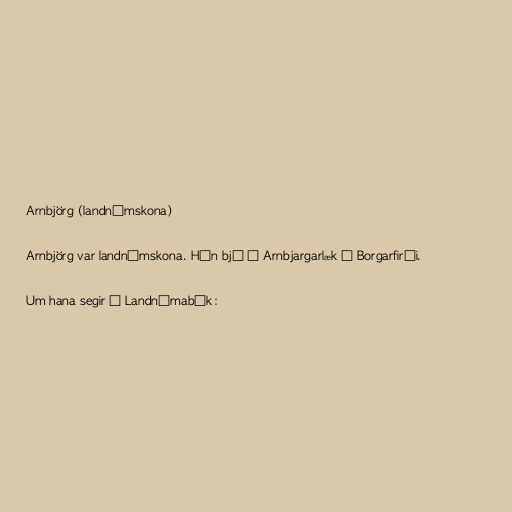
Arnbjörg (landnámskona)

Arnbjörg var landnámskona. Hún bjó á Arnbjargarlæk í Borgarfirði.

Um hana segir í Landnámabók: